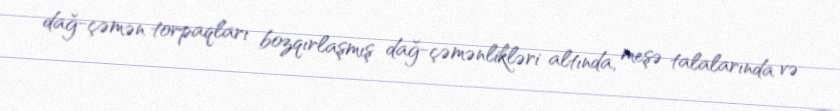
dağ-çəmən torpaqları bozqırlaşmış dağ-çəmənlikləri altında, meşə talalarında və